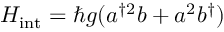
H _ { \mathrm { i n t } } = \hbar g ( a ^ { \dagger 2 } b + a ^ { 2 } b ^ { \dagger } )